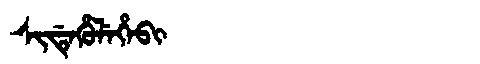
Manchu: ᠰᡳᡩᡝᡥᡠᠯᡝᡥᡝᠪᡳ
Romanization: SIDEHULEHEBI